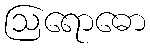
ဩရောဓော